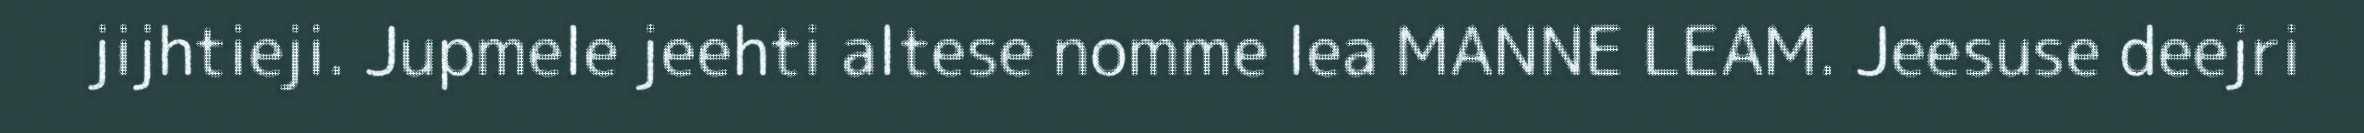
jijhtieji. Jupmele jeehti altese nomme lea MANNE LEAM. Jeesuse deejri